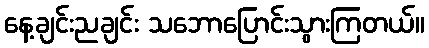
နေ့ချင်းညချင်း သဘောပြောင်းသွားကြတယ်။